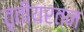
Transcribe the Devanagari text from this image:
तृतीयरत्न